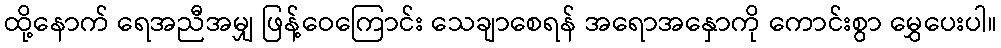
ထို့နောက် ရေအညီအမျှ ဖြန့်ဝေကြောင်း သေချာစေရန် အရောအနှောကို ကောင်းစွာ မွှေပေးပါ။